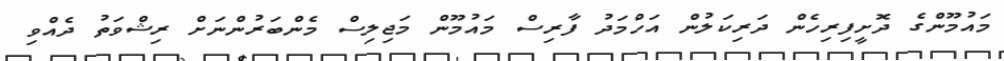
މައުމޫންގެ ދޮށީފިރިހެން ދަރިކަލުން އަހްމަދު ފާރިސް މައުމޫން މަޖިލިސް މެންބަރުންނަށް ރިޝްވަތު ދެއްވި